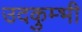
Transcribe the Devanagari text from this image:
उदकुम्भी